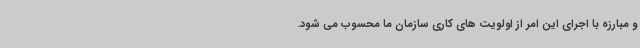
و مبارزه با اجرای این امر از اولویت های کاری سازمان ما محسوب می شود.